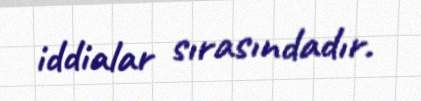
iddialar sırasındadır.